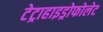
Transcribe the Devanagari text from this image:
टेट्राहाइड्रोफोलेट